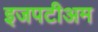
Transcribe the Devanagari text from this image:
इजपटीअम